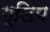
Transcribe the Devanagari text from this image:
ग्लिप